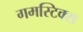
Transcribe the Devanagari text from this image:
गमस्टिक्स